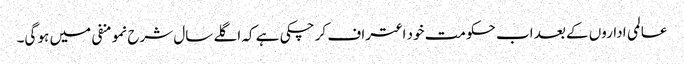
عالمی اداروں کے بعد اب حکومت خود اعتراف کر چکی ہے کہ اگلے سال شرح نمو منفی میں ہو گی۔